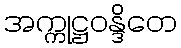
အက္ကုဋ္ဌဝန္ဒိတေ